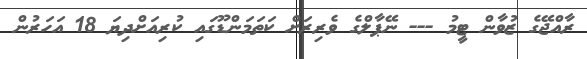
ރާއްޖޭގެ ޒުވާން ޓީމު --- ނޭޕާލްގެ ވެރިރަށް ކަތަމަންޑޫގައި ކުރިއަށްދިޔަ 18 އަހަރުން